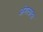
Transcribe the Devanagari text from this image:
अंगलादा